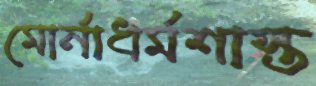
মোর্নাধর্মশাস্ত